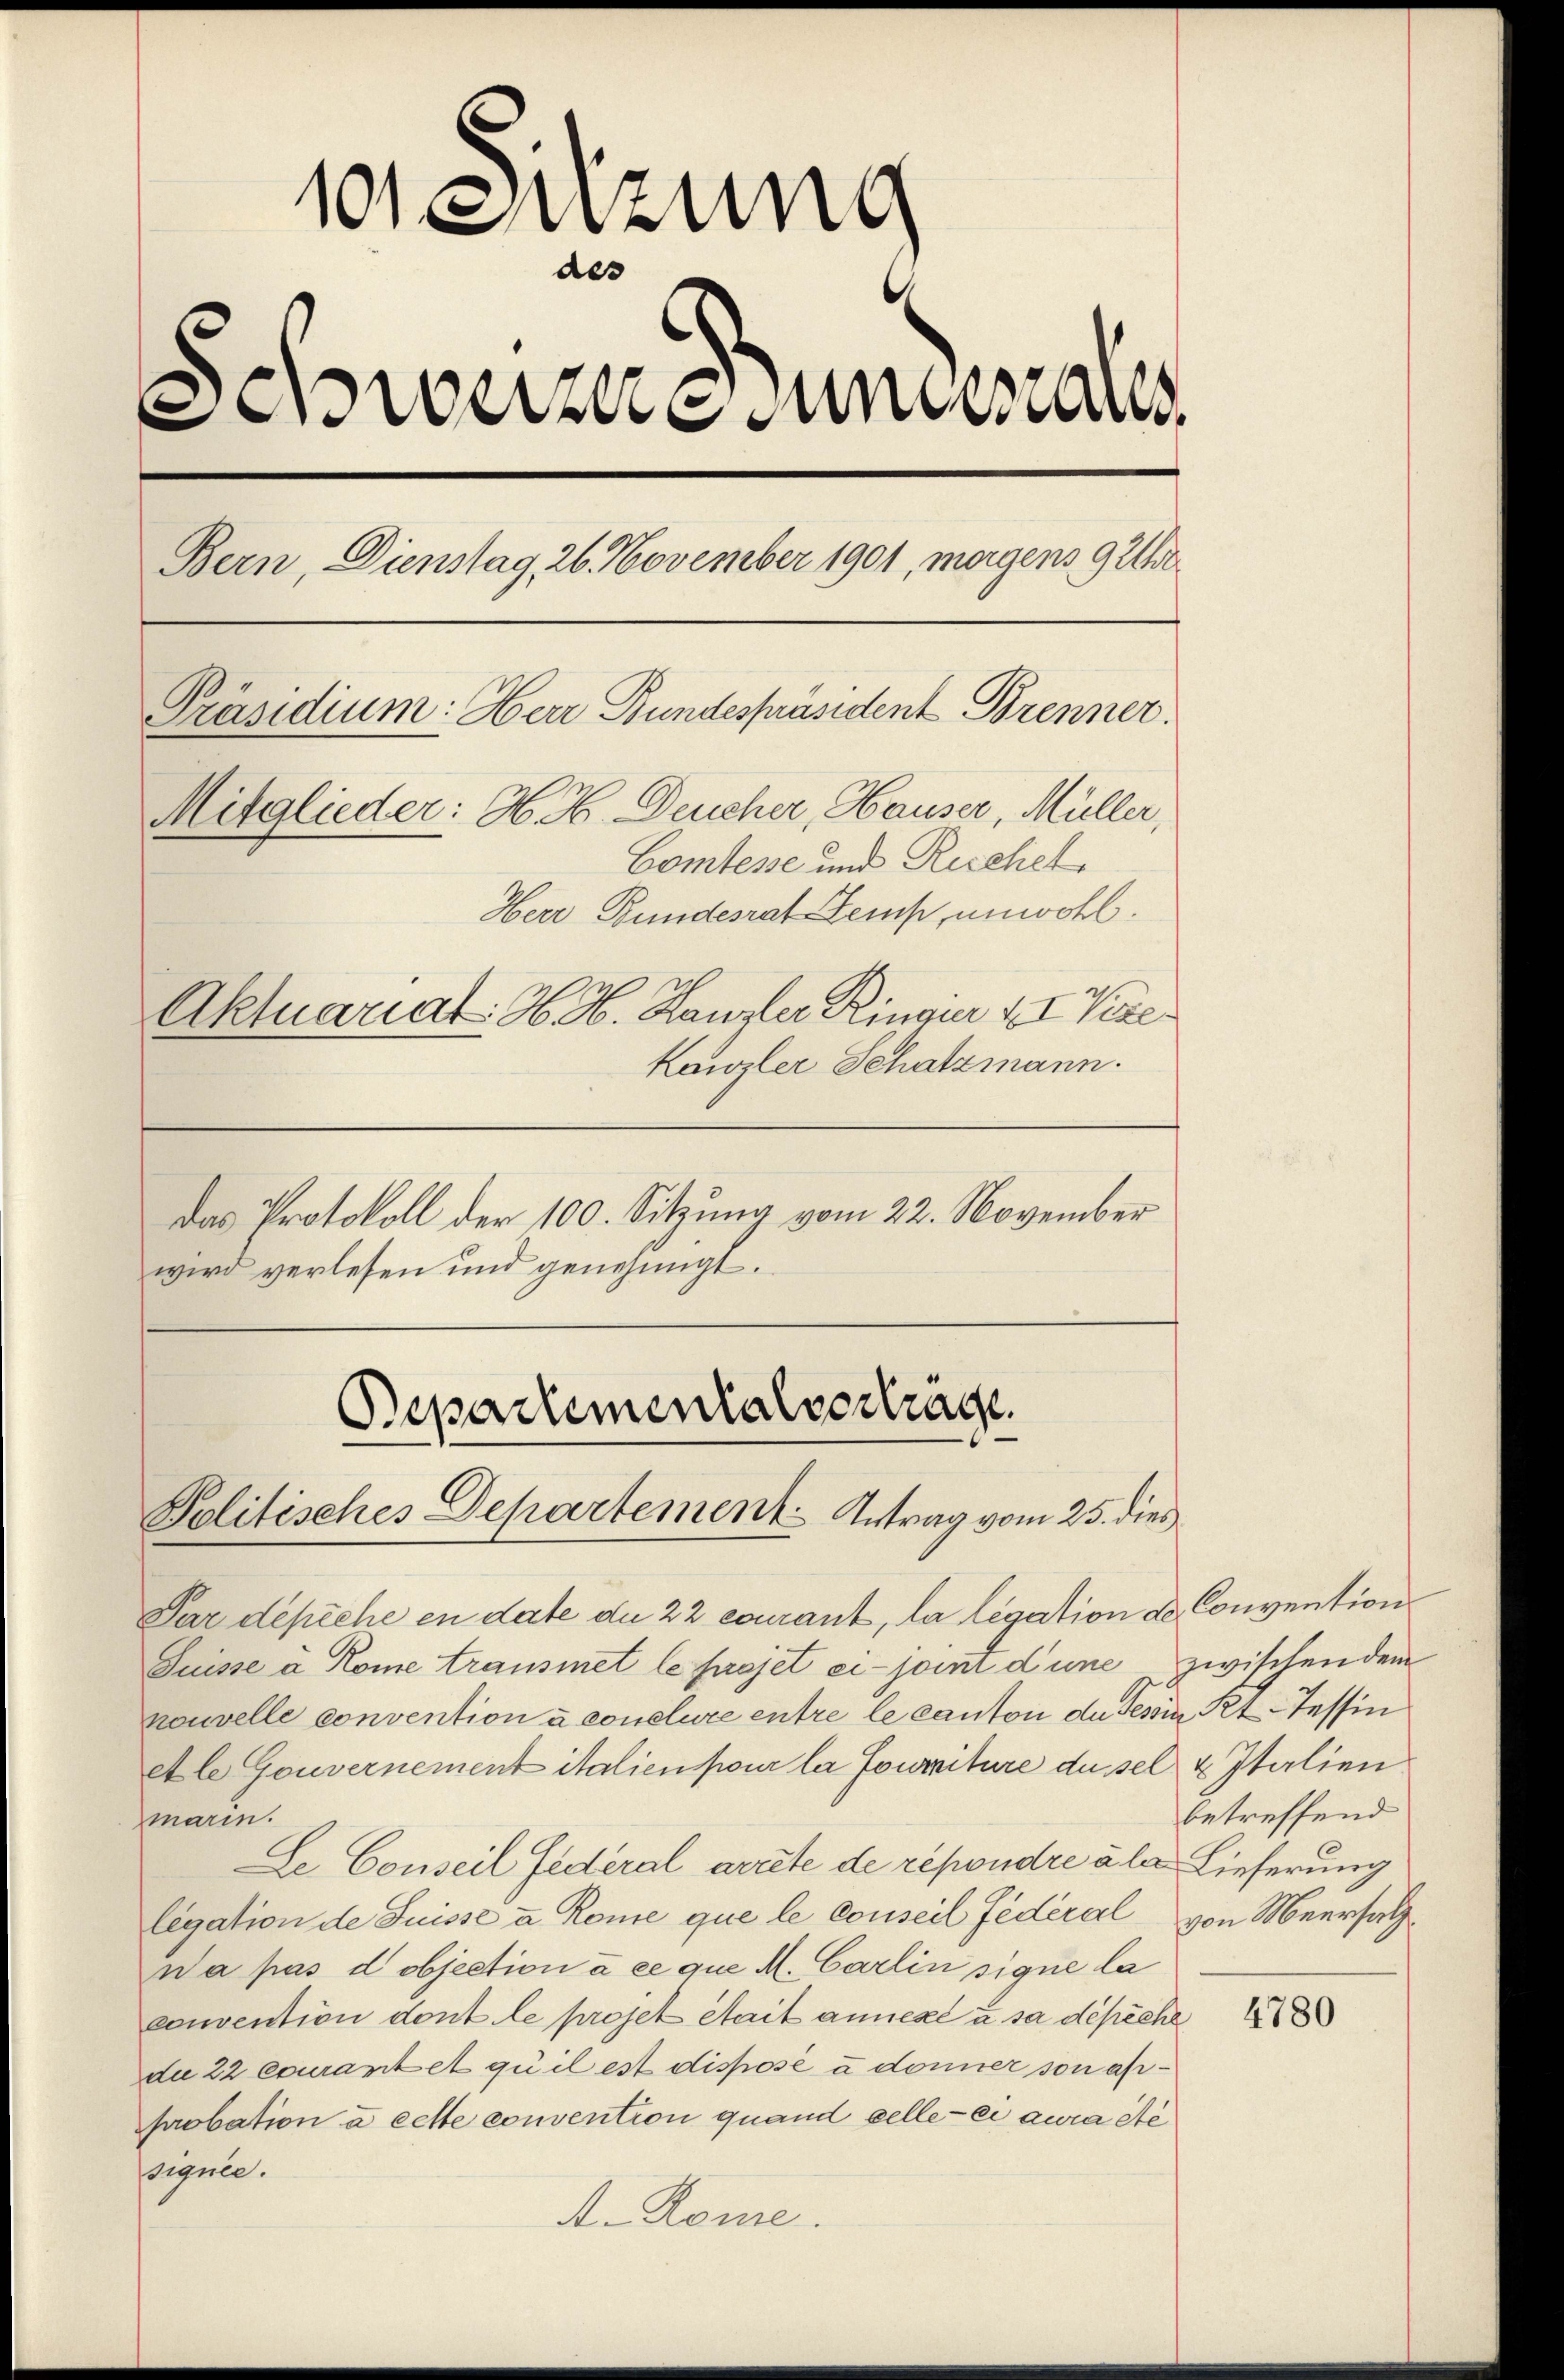
1
Setzung
des
Schweizere unterrates
Bern, Dienstag, 26. November 1901, morgens 92
Präsidium: Herr Bundespräsident Brenner.
Mitglieder: H. H. Deucher, Hauser, Müller,
Comtesse und Ruchet
Herr Bundesrat Zemp, unwohl.
Aktuariat H. H. Hausler Ringier & I Vere
Kanzler Schatzmann.

Das Protokoll der 100. Sitzung vom 22. November
wird verlesen und genehmigt.

Bepartementalvertrage.
Politisches Departement Antrag vom 25. dies

Par depiche en date du 22 courant, la légation de Convention
Suisse a Rome transmet le fuojet ci-joint d’une zwischen dem
nouvelle convention à conclure entre le canton du Tessin, Kt. Tessin
etle Gouvernement italien pour la fourniture dusel u Italien
marin.
Le Conseil Federal arrete de repondre à la Lieferung
legation de Suisse a Rome que le conseil fédéral von Meersatzwa pas d objection à ce que M. Carlin signe la
convention dont le projet Stait annexé à sa dépéche
die 22 courant et qu’il est dispose u donner son asiprobation à cette convention quand selle - ei aura ste
signie.
A. Kome.

betreffend

4780